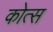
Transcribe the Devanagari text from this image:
कोत्स